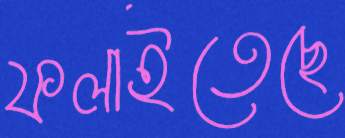
ফলাইতেছে